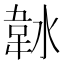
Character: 𱂀